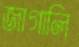
জাগালি